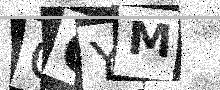
Text: QGYM